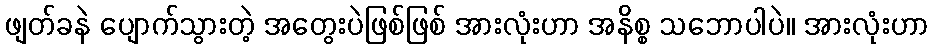
ဖျတ်ခနဲ ပျောက်သွားတဲ့ အတွေးပဲဖြစ်ဖြစ် အားလုံးဟာ အနိစ္စ သဘောပါပဲ။ အားလုံးဟာ